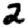
Digit: 2